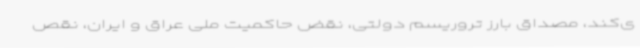
ی‌کند، مصداق بارز تروریسم دولتی، نقض حاکمیت ملی عراق و ایران، نقص